画像に写った文字を読んでください
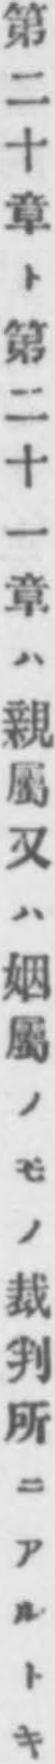
「第二十章ト第二十一章ハ親屬又ハ姻屬ノモノ裁判所ニアルトキ」と書いてあります